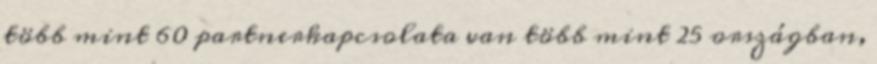
több mint 60 partnerkapcsolata van több mint 25 országban,